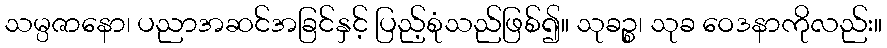
သမ္ပဇာနော၊ ပညာအဆင်အခြင်နှင့် ပြည့်စုံသည်ဖြစ်၍။ သုခဉ္စ၊ သုခ ဝေဒနာကိုလည်း။